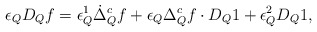
\begin{align*}\epsilon_Q D_Q f = \epsilon_Q^1 \dot \Delta_Q^c f + \epsilon_Q \Delta^{c}_Q f \cdot D_Q 1 + \epsilon_Q^2 D_Q 1,\end{align*}